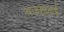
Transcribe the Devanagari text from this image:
राजसाबाई